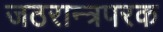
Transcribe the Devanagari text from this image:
जठरान्त्रपरक